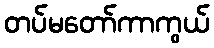
တပ်မတော်ကာကွယ်